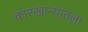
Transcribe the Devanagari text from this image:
कारखान्यातला